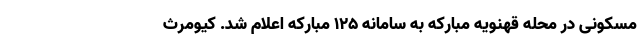
مسکونی در محله قهنویه مبارکه به سامانه ۱۲۵ مبارکه اعلام شد. کیومرث